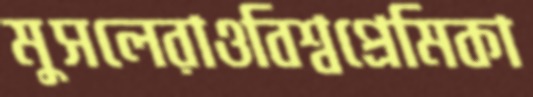
মুসলেরাওবিশ্বপ্রেমিকা